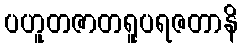
ပဟူတဇာတရူပရဇတာနိ